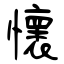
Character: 懷